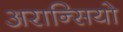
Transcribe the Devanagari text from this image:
अरान्सियो